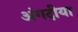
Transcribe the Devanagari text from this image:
अंगदीया